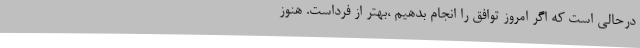
درحالی است که اگر امروز توافق را انجام بدهیم ،بهتر از فرداست. هنوز